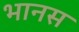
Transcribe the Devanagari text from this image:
भानस